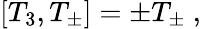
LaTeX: [T_{3},T_{\pm}]=\pm T_{\pm}\ ,